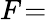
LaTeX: F\! =